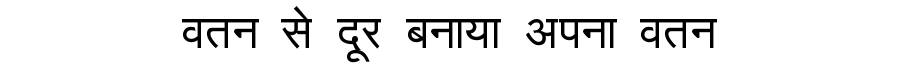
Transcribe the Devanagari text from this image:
वतन से दूर बनाया अपना वतन